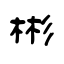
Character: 彬